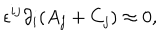
\epsilon ^ { i j } \partial _ { i } ( A _ { j } + C _ { j } ) \approx 0 ,